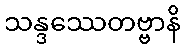
သန္ဒဿေတဗ္ဗာနိ